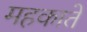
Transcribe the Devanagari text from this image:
महकाते